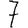
Digit: 7